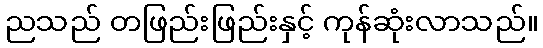
ညသည် တဖြည်းဖြည်းနှင့် ကုန်ဆုံးလာသည်။